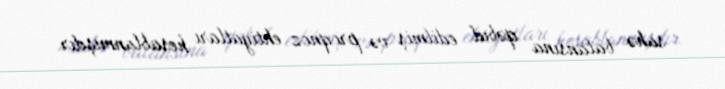
sahə balansına qəbul edilmiş və proqnoz ehtiyatları hesablanmışdır.